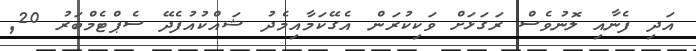
އަދި ފެނާއި ލޮނުވެސް ރަގަޅަށް ވަކިކުރަން އެގޭކަމާއިމެދު ޝައްކުއުފެދޭ ސެޕްޓެމްބަރު 20